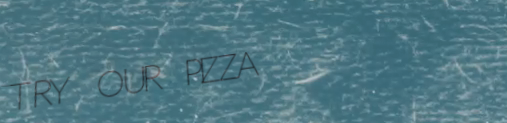
TRY OUR PIZZA